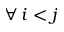
\forall \: i < j